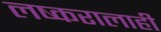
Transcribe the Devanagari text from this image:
लष्करालाही